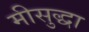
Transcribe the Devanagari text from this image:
मीसुद्धा